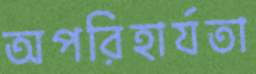
অপরিহার্যতা